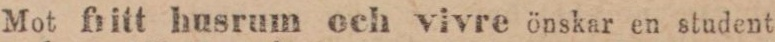
Mot fritt husrum och vivre önskar en student